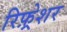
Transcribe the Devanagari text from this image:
रिफ़्रेशर